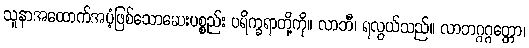
သူနာအထောက်အပံ့ဖြစ်သောဆေးပစ္စည်း ပရိက္ခရာတို့ကို။ လာဘီ၊ ရလွယ်သည်။ လာဘဂ္ဂဂ္ဂတ္တော၊